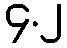
၄.၂